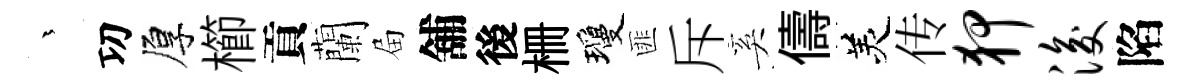
茫㓛厚櫛貢蘭屇舖後栅瓊匪斥奚儔羙传狎浚陷